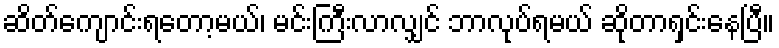
ဆိတ်ကျောင်းရတော့မယ်၊ မင်းကြီးလာလျှင် ဘာလုပ်ရမယ် ဆိုတာရှင်းနေပြီ။